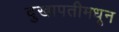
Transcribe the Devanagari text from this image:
दुखापतीमधून